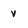
Character: v